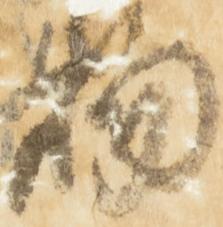
物